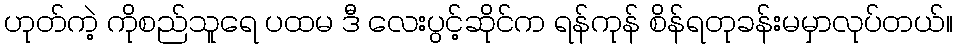
ဟုတ်ကဲ့ ကိုစည်သူရေ ပထမ ဒီ လေးပွင့်ဆိုင်က ရန်ကုန် စိန်ရတုခန်းမမှာလုပ်တယ်။